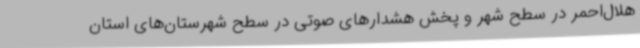
هلال‌احمر در سطح شهر و پخش هشدارهای صوتی در سطح شهرستان‌های استان